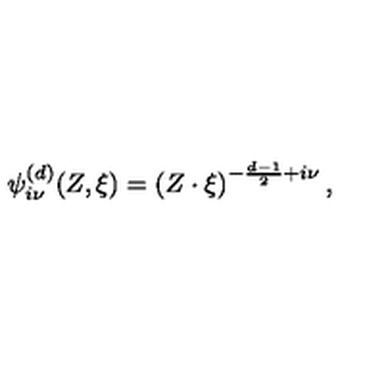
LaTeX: { \psi } _ { i \nu } ^ { ( d ) } ( Z , \xi ) = \left( { Z \cdot { \xi } } \right) ^ { - \frac { d - 1 } { 2 } + i \nu } ,